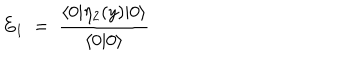
E _ { 1 } \ = \ \frac { \langle 0 \vert \eta _ { 2 } ( y ) \vert 0 \rangle } { \langle 0 \vert 0 \rangle }